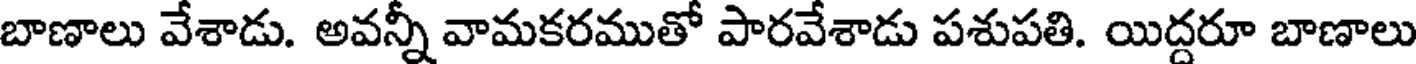
బాణాలు వేశాడు. అవన్నీ వామకరముతో పారవేశాడు పశుపతి. యిద్దరూ బాణాలు